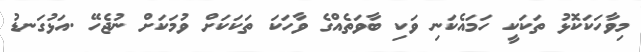
މިވާހަކަކޮޅު ތަކަކީ ހަމައެކަނި ވަކި ބާވަތެއްގެ ވާހަކަ ތަކަކަށް ވުމަކަށް ނުޖެހޭ .އަޅުގަނޑު